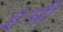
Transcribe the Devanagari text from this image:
इत्री